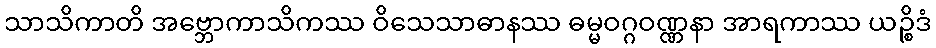
သာသိကာတိ အဗ္ဘောကာသိကဿ ဝိသေသာဓာနဿ ဓမ္မဝဂ္ဂဝဏ္ဏနာ အာရကာဿ ယဉ္စိဒံ